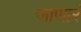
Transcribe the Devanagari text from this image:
जाणारं